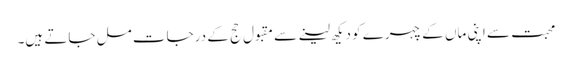
محبت سے اپنی ماں کے چہرے کو دیکھ لینے سے مقبول حج کے درجات مل جاتے ہیں۔